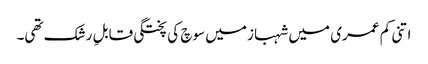
اتنی کم عمری میں شہباز میں سوچ کی پختگی قابلِ رشک تھی۔